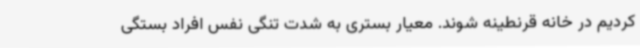
کردیم در خانه قرنطینه شوند. معیار بستری به شدت تنگی نفس افراد بستگی